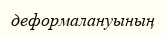
деформалануының